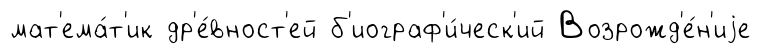
мат'ема́т'ик др'е́вност'ей б'иограф'и́ческ'ий Возрожд'е́н'иjе